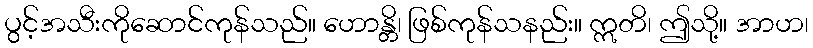
ပွင့်အသီးကိုဆောင်ကုန်သည်။ ဟောန္တိ၊ ဖြစ်ကုန်သနည်း။ ဣတိ၊ ဤသို့။ အာဟ၊